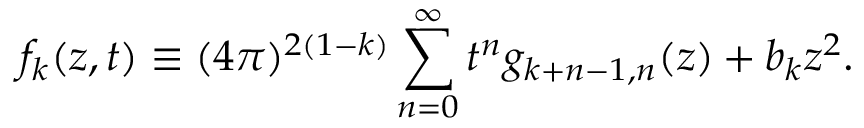
f _ { k } ( z , t ) \equiv ( 4 \pi ) ^ { 2 ( 1 - k ) } \sum _ { n = 0 } ^ { \infty } t ^ { n } g _ { k + n - 1 , n } ( z ) + b _ { k } z ^ { 2 } .